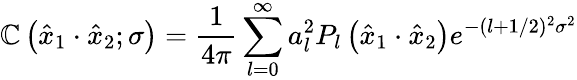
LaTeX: \mathbb{C}\left(\hat{{x}}_{1}\cdot\hat{{x}}_{2};\sigma\right)={\frac{{1}}{{4\pi}}}\sum_{l=0}^{\infty}a_{l}^{2}P_{l}\left(\hat{{x}}_{1}\cdot\hat{{x}}_{2}\right)e^{-(l+1/2)^{2}\sigma^{2}}